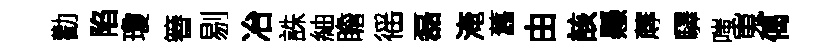
勸陷瓊簮剔冶誅紬瞻徭磊淹舊由該懸蓐驛嗤嵬偈